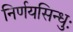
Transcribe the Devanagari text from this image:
निर्णयसिन्धुः